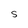
Character: S